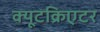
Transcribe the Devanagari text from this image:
क्यूटक्रिएटर